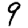
Digit: 9